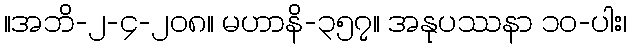
။အဘိ-၂-၄-၂၀၈။ မဟာနိ-၃၅၇။ အနုပဿနာ ၁၀-ပါး၊